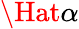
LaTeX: \Hat{\alpha}